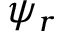
\psi _ { r }